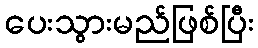
ပေးသွားမည်ဖြစ်ပြီး